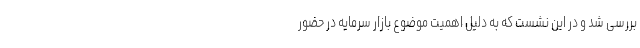
بررسی شد و در این نشست که به دلیل اهمیت موضوع بازار سرمایه در حضور